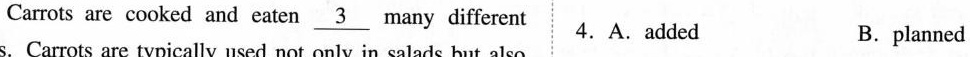
Carrots are cooked and eaten \underline{3} many different 4. A. added B.planned